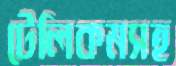
টেলিকমসহ